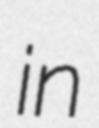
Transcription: in